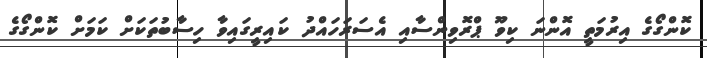
ކޮންގޯގެ އިރުމަތީ އޮންނަ ކިވޫ ޕްރޮވިންސާއި އެސަރަހައްދު ކައިރީގައިވާ ހިސާބުތަކަށް ކަމަށް ކޮންގޯގެ